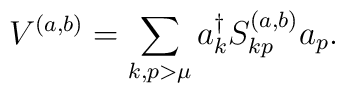
V^{(a,b)} = \sum_{k,p>\mu} a^{\dagger}_k S^{(a,b)}_{kp} a_p .